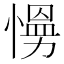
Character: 𭞙